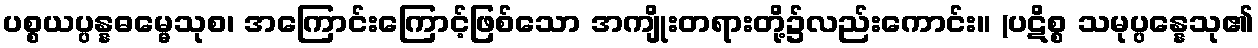
ပစ္စယပ္ပန္နဓမ္မေသုစ၊ အကြောင်းကြောင့်ဖြစ်သော အကျိုးတရားတို့၌လည်းကောင်း။ (ပဋိစ္စ သမုပ္ပန္နေသု၏